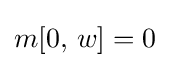
m[0,\,w]=0